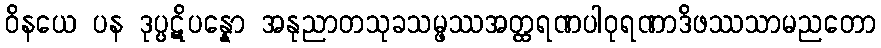
ဝိနယေ ပန ဒုပ္ပဋိပန္နော အနုညာတသုခသမ္ဖဿအတ္ထရဏပါဝုရဏာဒိဖဿသာမညတော